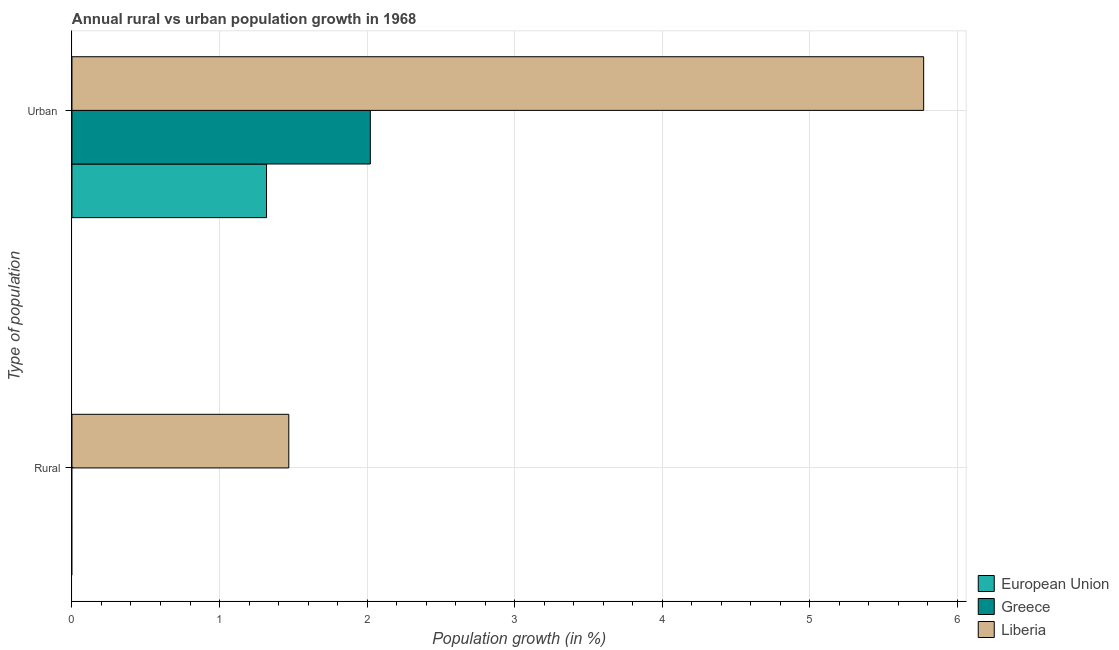
| Type of population | European Union | Greece | Liberia |
 | --- | --- | --- | --- |
 | Rural | -0.506 | -1.6 | 1.47 |
 | Urban  | 1.32 | 2.02 | 5.77 |